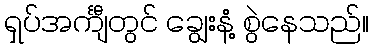
ရှပ်အင်္ကျီတွင် ချွေးနံ့ စွဲနေသည်။